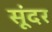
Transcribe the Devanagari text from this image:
सूंदर